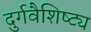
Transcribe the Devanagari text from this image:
दुर्गवैशिष्ट्य